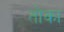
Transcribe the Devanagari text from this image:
तोका